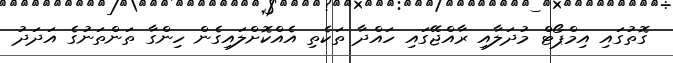
ގޮތުގައި އިމްޕޯޓް މުދަލާއި ރާއްޖޭގައި ހައްދާ ތަކެތި އެއްކޮށްލައިގެން ހިންގާ ތަންތަނުގެ އަދަދު